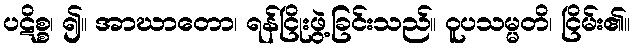
ပဋိစ္စ၊ ၍။ အာဃာတော၊ ရန်ငြိုးဖွဲ့ခြင်းသည်။ ဝူပသမ္မတိ၊ ငြိမ်း၏။